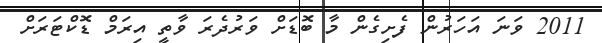
2011 ވަނަ އަހަރުން ފެށިގެން މާ ބޮޑަށް ވަރުދެރަ ވާތީ އިރަމް ޑޮކްޓަރަށް